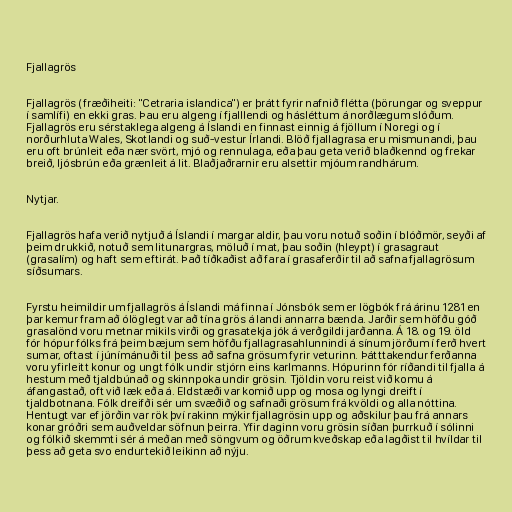
Fjallagrös

Fjallagrös (fræðiheiti: "Cetraria islandica") er þrátt fyrir nafnið flétta (þörungar og sveppur
í samlífi) en ekki gras. Þau eru algeng í fjalllendi og hásléttum á norðlægum slóðum.
Fjallagrös eru sérstaklega algeng á Íslandi en finnast einnig á fjöllum í Noregi og í
norðurhluta Wales, Skotlandi og suð-vestur Írlandi. Blöð fjallagrasa eru mismunandi, þau
eru oft brúnleit eða nær svört, mjó og rennulaga, eða þau geta verið blaðkennd og frekar
breið, ljósbrún eða grænleit á lit. Blaðjaðrarnir eru alsettir mjóum randhárum.

Nytjar.

Fjallagrös hafa verið nytjuð á Íslandi í margar aldir, þau voru notuð soðin í blóðmör, seyði af
þeim drukkið, notuð sem litunargras, möluð í mat, þau soðin (hleypt) í grasagraut
(grasalím) og haft sem eftirát. Það tíðkaðist að fara í grasaferðir til að safna fjallagrösum
síðsumars.

Fyrstu heimildir um fjallagrös á Íslandi má finna í Jónsbók sem er lögbók frá árinu 1281 en
þar kemur fram að ólöglegt var að tína grös á landi annarra bænda. Jarðir sem höfðu góð
grasalönd voru metnar mikils virði og grasatekja jók á verðgildi jarðanna. Á 18. og 19. öld
fór hópur fólks frá þeim bæjum sem höfðu fjallagrasahlunnindi á sínum jörðum í ferð hvert
sumar, oftast í júnímánuði til þess að safna grösum fyrir veturinn. Þátttakendur ferðanna
voru yfirleitt konur og ungt fólk undir stjórn eins karlmanns. Hópurinn fór ríðandi til fjalla á
hestum með tjaldbúnað og skinnpoka undir grösin. Tjöldin voru reist við komu á
áfangastað, oft við læk eða á. Eldstæði var komið upp og mosa og lyngi dreift í
tjaldbotnana. Fólk dreifði sér um svæðið og safnaði grösum frá kvöldi og alla nóttina.
Hentugt var ef jörðin var rök því rakinn mýkir fjallagrösin upp og aðskilur þau frá annars
konar gróðri sem auðveldar söfnun þeirra. Yfir daginn voru grösin síðan þurrkuð í sólinni
og fólkið skemmti sér á meðan með söngvum og öðrum kveðskap eða lagðist til hvíldar til
þess að geta svo endurtekið leikinn að nýju.